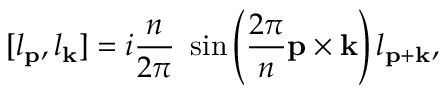
[ l _ { \bf p } , l _ { \bf k } ] = i \frac { n } { 2 \pi } ~ \sin \left( \frac { 2 \pi } { n } { \bf p \times k } \right) l _ { \bf p + k } ,